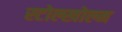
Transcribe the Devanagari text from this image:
स्टोल्खोल्म